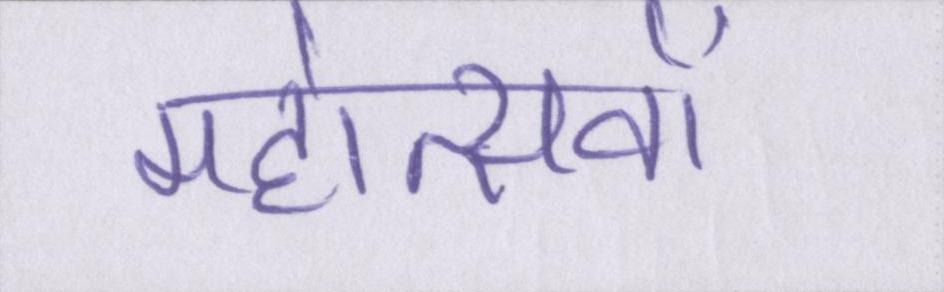
महोत्सवों